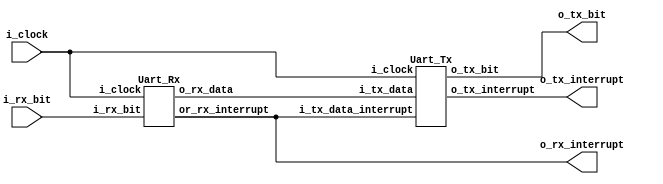

//CLK_PER_BIT = CLK / BAUDRATE
//clock 50 mhz
//baudrate 9600
//50 000 000 / 9600 = 5,208



module UART
		(
			input i_clock,
			input i_rx_bit,
			output o_tx_bit,
			output o_tx_interrupt,
			output o_rx_interrupt
		);

	wire[7:0] w_rx_to_tx;
	wire		 w_rx_int;
	assign o_rx_interrupt = w_rx_int;
	Uart_Rx Rx(.i_clock(i_clock),.i_rx_bit(i_rx_bit),.or_rx_interrupt(w_rx_int),
	           .o_rx_data(w_rx_to_tx));
				  
	Uart_Tx Tx(.i_clock(i_clock),.i_tx_data_interrupt(w_rx_int),
				  .i_tx_data(w_rx_to_tx),.o_tx_interrupt(o_tx_interrupt),.o_tx_bit(o_tx_bit));
				  
		
endmodule
/*
module UART
		(
			input i_clock,
			input i_rx_bit,
			output o_rx_interrupt,
			output reg o = 1
		);

	wire[7:0] w_rx_to_tx;
	Uart_Rx Rx(.i_clock(i_clock),.i_rx_bit(i_rx_bit),.or_rx_interrupt(o_rx_interrupt),
	           .o_rx_data(w_rx_to_tx));
				  
		
endmodule
*/
 
module Uart_Rx
	//#(parameter CLK_PER_BIT = 5208)
	(
		input 		i_clock,
		input 		i_rx_bit,
		output reg or_rx_interrupt = 0 ,
		output[7:0] o_rx_data
	);
	
	parameter rx_idle  = 3'b000 ;
	parameter rx_start = 3'b001 ;
	parameter rx_data  = 3'b010 ;
	parameter rx_stop  = 3'b011 ;
	parameter rx_end   = 3'b100 ;
	parameter CLK_PER_BIT = 5208;
	
	reg[2:0]   r_rx_status       = 0 ;
	reg[7:0]   r_rx_data         = 0 ;
	reg[7:0]   r_rx_baud_count   = 0 ;
	reg[2:0]   r_rx_bit_count    = 0 ;
	
	


always @(posedge i_clock)
begin
	case(r_rx_status)
		
		rx_idle://check start bit 
		begin
			or_rx_interrupt <= 0 ;
			r_rx_bit_count <= 0 ;
			r_rx_baud_count   <= 0 ;
			
			if(i_rx_bit == 1'b0)// Start bit detected
				r_rx_status <= rx_start ;
			else
				r_rx_status <= rx_idle ;
		end//case rx_idle
		
		
		rx_start:// Check start bit remain 0 after clk_PER_BIT-1/2 time
		begin	
			if((CLK_PER_BIT-1)/2 == r_rx_baud_count)
			  begin
				if(i_rx_bit == 1'b0)
				  begin
					r_rx_status  <= rx_data ;
					r_rx_baud_count <= 0 ;
				  end
				else
					r_rx_status  <= rx_idle ;
			  end
			  
			else
			  begin
				r_rx_baud_count <= r_rx_baud_count + 1 ;
				r_rx_status <= rx_start ;
			  end
		end //case rx_start
		
		
		//read data to register
		rx_data:
		  begin
			if(r_rx_baud_count < CLK_PER_BIT-1)
			  begin
				r_rx_baud_count <= r_rx_baud_count + 1 ;
				r_rx_status <= rx_data ;
			  end
			else
			  begin
				r_rx_data[r_rx_bit_count] <= i_rx_bit ;
				r_rx_baud_count <= 0 ;
				if(r_rx_bit_count < 7 )
				  begin
					r_rx_bit_count <= r_rx_bit_count +1 ;
					r_rx_status <= rx_data ;
				  end
				else
				  begin
					r_rx_bit_count <=0 ;
					r_rx_status <= rx_stop ;
				  end
				
			end
		end//case rx_data
		
		
		 // Receive Stop bit.  Stop bit = 1
      rx_stop :
      begin
      // Wait CLKS_PER_BIT-1 clock cycles for Stop bit to finish
			if (r_rx_baud_count < CLK_PER_BIT-1)
			begin
				r_rx_baud_count <= r_rx_baud_count + 1 ;
				r_rx_status <= rx_stop ;
         end
         else
         begin
				or_rx_interrupt <= 1'b1;
				r_rx_baud_count   <= 0;
				r_rx_status    <= rx_end;
			end
      end // case rx_stop
		
		
		rx_end:
		begin
			or_rx_interrupt <= 1'b0;
			r_rx_status    <= rx_idle;
		end // case rx_end
		
	endcase
end
	
endmodule

module Uart_Tx
		//#(parameter CLK_PER_BIT = 5208)
		(
			input 		i_clock,
			input 		i_tx_data_interrupt,
			input [7:0]	i_tx_data,
			output 		o_tx_interrupt,
			output      o_tx_bit
		);
	parameter CLK_PER_BIT = 5208;
	parameter tx_idle  = 3'b000 ;
	parameter tx_start = 3'b001 ;
	parameter tx_send  = 3'b010 ;
	parameter tx_stop  = 3'b011 ;
	parameter tx_end   = 3'b100 ;
	
	reg[7:0] r_tx_data 		 = 0 ;
	reg[7:0] r_tx_baud_count = 0 ;
	reg[2:0] r_tx_bit_count  = 0 ;
	reg[2:0] r_tx_status     = 0 ;
	reg      r_tx_interrupt  = 0 ;
	reg 	 	r_tx_bit        = 1 ;
	
	wire w_tx_bit;
	wire w_tx_interrupt;
	
	assign w_tx_bit       = r_tx_bit       ;
	assign w_tx_interrupt = r_tx_interrupt ;
	
	assign o_tx_bit       = w_tx_bit       ;
	assign o_tx_interrupt = w_tx_interrupt ;
	
	always @ (posedge i_clock)// and (posedge r_tx_data_ready) )
	begin
		case(r_tx_status)
		
			tx_idle://check data ready
			begin
				r_tx_bit        <= 1 ;
				r_tx_baud_count <= 0 ;
				r_tx_bit_count  <= 0 ;
				r_tx_interrupt  <= 0 ;
				
				if(i_tx_data_interrupt == 1)
				  begin
				   r_tx_data   <= i_tx_data ;
					r_tx_status <= tx_start  ;
				  end
				else
					r_tx_status <= tx_idle;
			end//case tx_idle
			
			tx_start:// send start bit;
			begin
				if( r_tx_baud_count < CLK_PER_BIT -1 )
				  begin
				   r_tx_status     <= tx_start            ;
					r_tx_bit        <= 1'b0                ;
					r_tx_baud_count <= r_tx_baud_count + 1 ;
				  end
				else
				 begin
					r_tx_baud_count <= 0  ;
					r_tx_status     <= tx_send ;
					
				 end		
			end//case tx_start
			
			tx_send://send data
			begin
				if( r_tx_baud_count < CLK_PER_BIT -1 )
				  begin
					r_tx_bit        <= r_tx_data[r_tx_bit_count] ; 
					r_tx_baud_count <= r_tx_baud_count + 1       ;				  
				  end
				else
				  begin
				    r_tx_baud_count <= 0 ;
					 if(r_tx_bit_count < 7)
						r_tx_bit_count <= r_tx_bit_count + 1;
					 else	
					   r_tx_status     <= tx_end ;
						r_tx_baud_count <= 0      ;
						r_tx_bit_count  <= 0      ;
				  end			
			end//case tx_send
			
			
			tx_stop://send stop bit
			begin
				if( r_tx_baud_count < CLK_PER_BIT -1 )
				  begin
				   r_tx_status     <= tx_start            ;
					r_tx_bit        <= 1'b0                ;
					r_tx_baud_count <= r_tx_baud_count + 1 ;
				  end
				else
				 begin
				   r_tx_bit        <= 1'b1   ;
					r_tx_baud_count <= 0      ;
					r_tx_status     <= tx_end ;					
				 end		
			end//case tx_stop
			
			
			tx_end:
			begin
			   r_tx_bit       <= 1'b1    ;
				r_tx_interrupt <= 1'b1    ;
				r_tx_status    <= tx_idle ;
			end
			
			
		endcase
	end

endmodule